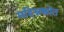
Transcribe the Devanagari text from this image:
महिम्नस्त्रोत